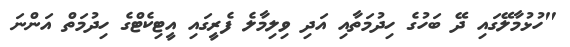
"ހުޅުމާލޭގައި ދޭ ބަހުގެ ހިދުމަތާއި އަދި ވިލިމާލެ ފެރީގައި އީޓިކެޓްގެ ހިދުމަތް އަންނަ